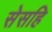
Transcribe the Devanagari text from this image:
सेसहि